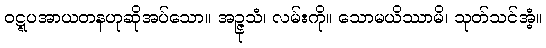
ဝဋ္ဋပအာယတနဟုဆိုအပ်သော။ အဉ္ဇုသံ၊ လမ်းကို။ သောမယိဿာမိ၊ သုတ်သင်အံ့။